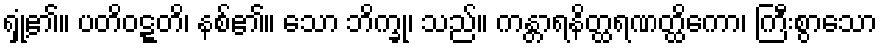
ရှုံ့၏။ ပတိဝဋ္ဋတိ၊ နစ်၏။ သော ဘိက္ခု၊ သည်။ ကန္တာရနိတ္ထရဏတ္ထိကော၊ ကြီးစွာသော